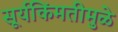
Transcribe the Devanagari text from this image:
सूर्यकिंमतीमुळे